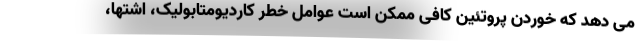
می دهد که خوردن پروتئین کافی ممکن است عوامل خطر کاردیومتابولیک، اشتها،